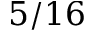
5 / 1 6